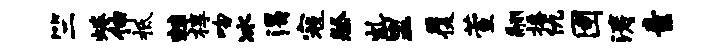
竺蜷伸柢棘椁吻冰渴寇祭虬里覆萱翮播仇圉涛素